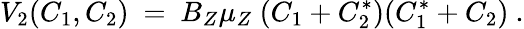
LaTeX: V_{2}(C_{1},C_{2})\ =\ B_{Z}\mu_{Z}\ (C_{1}+C_{2}^{*})(C_{1}^{*}+C_{2})\ .